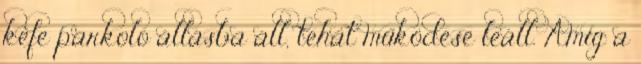
kefe parkoló állásba áll, tehát működése leáll. Amíg a